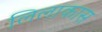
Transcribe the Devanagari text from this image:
लिलाकास